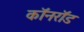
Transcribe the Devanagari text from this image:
कॉनरॉड